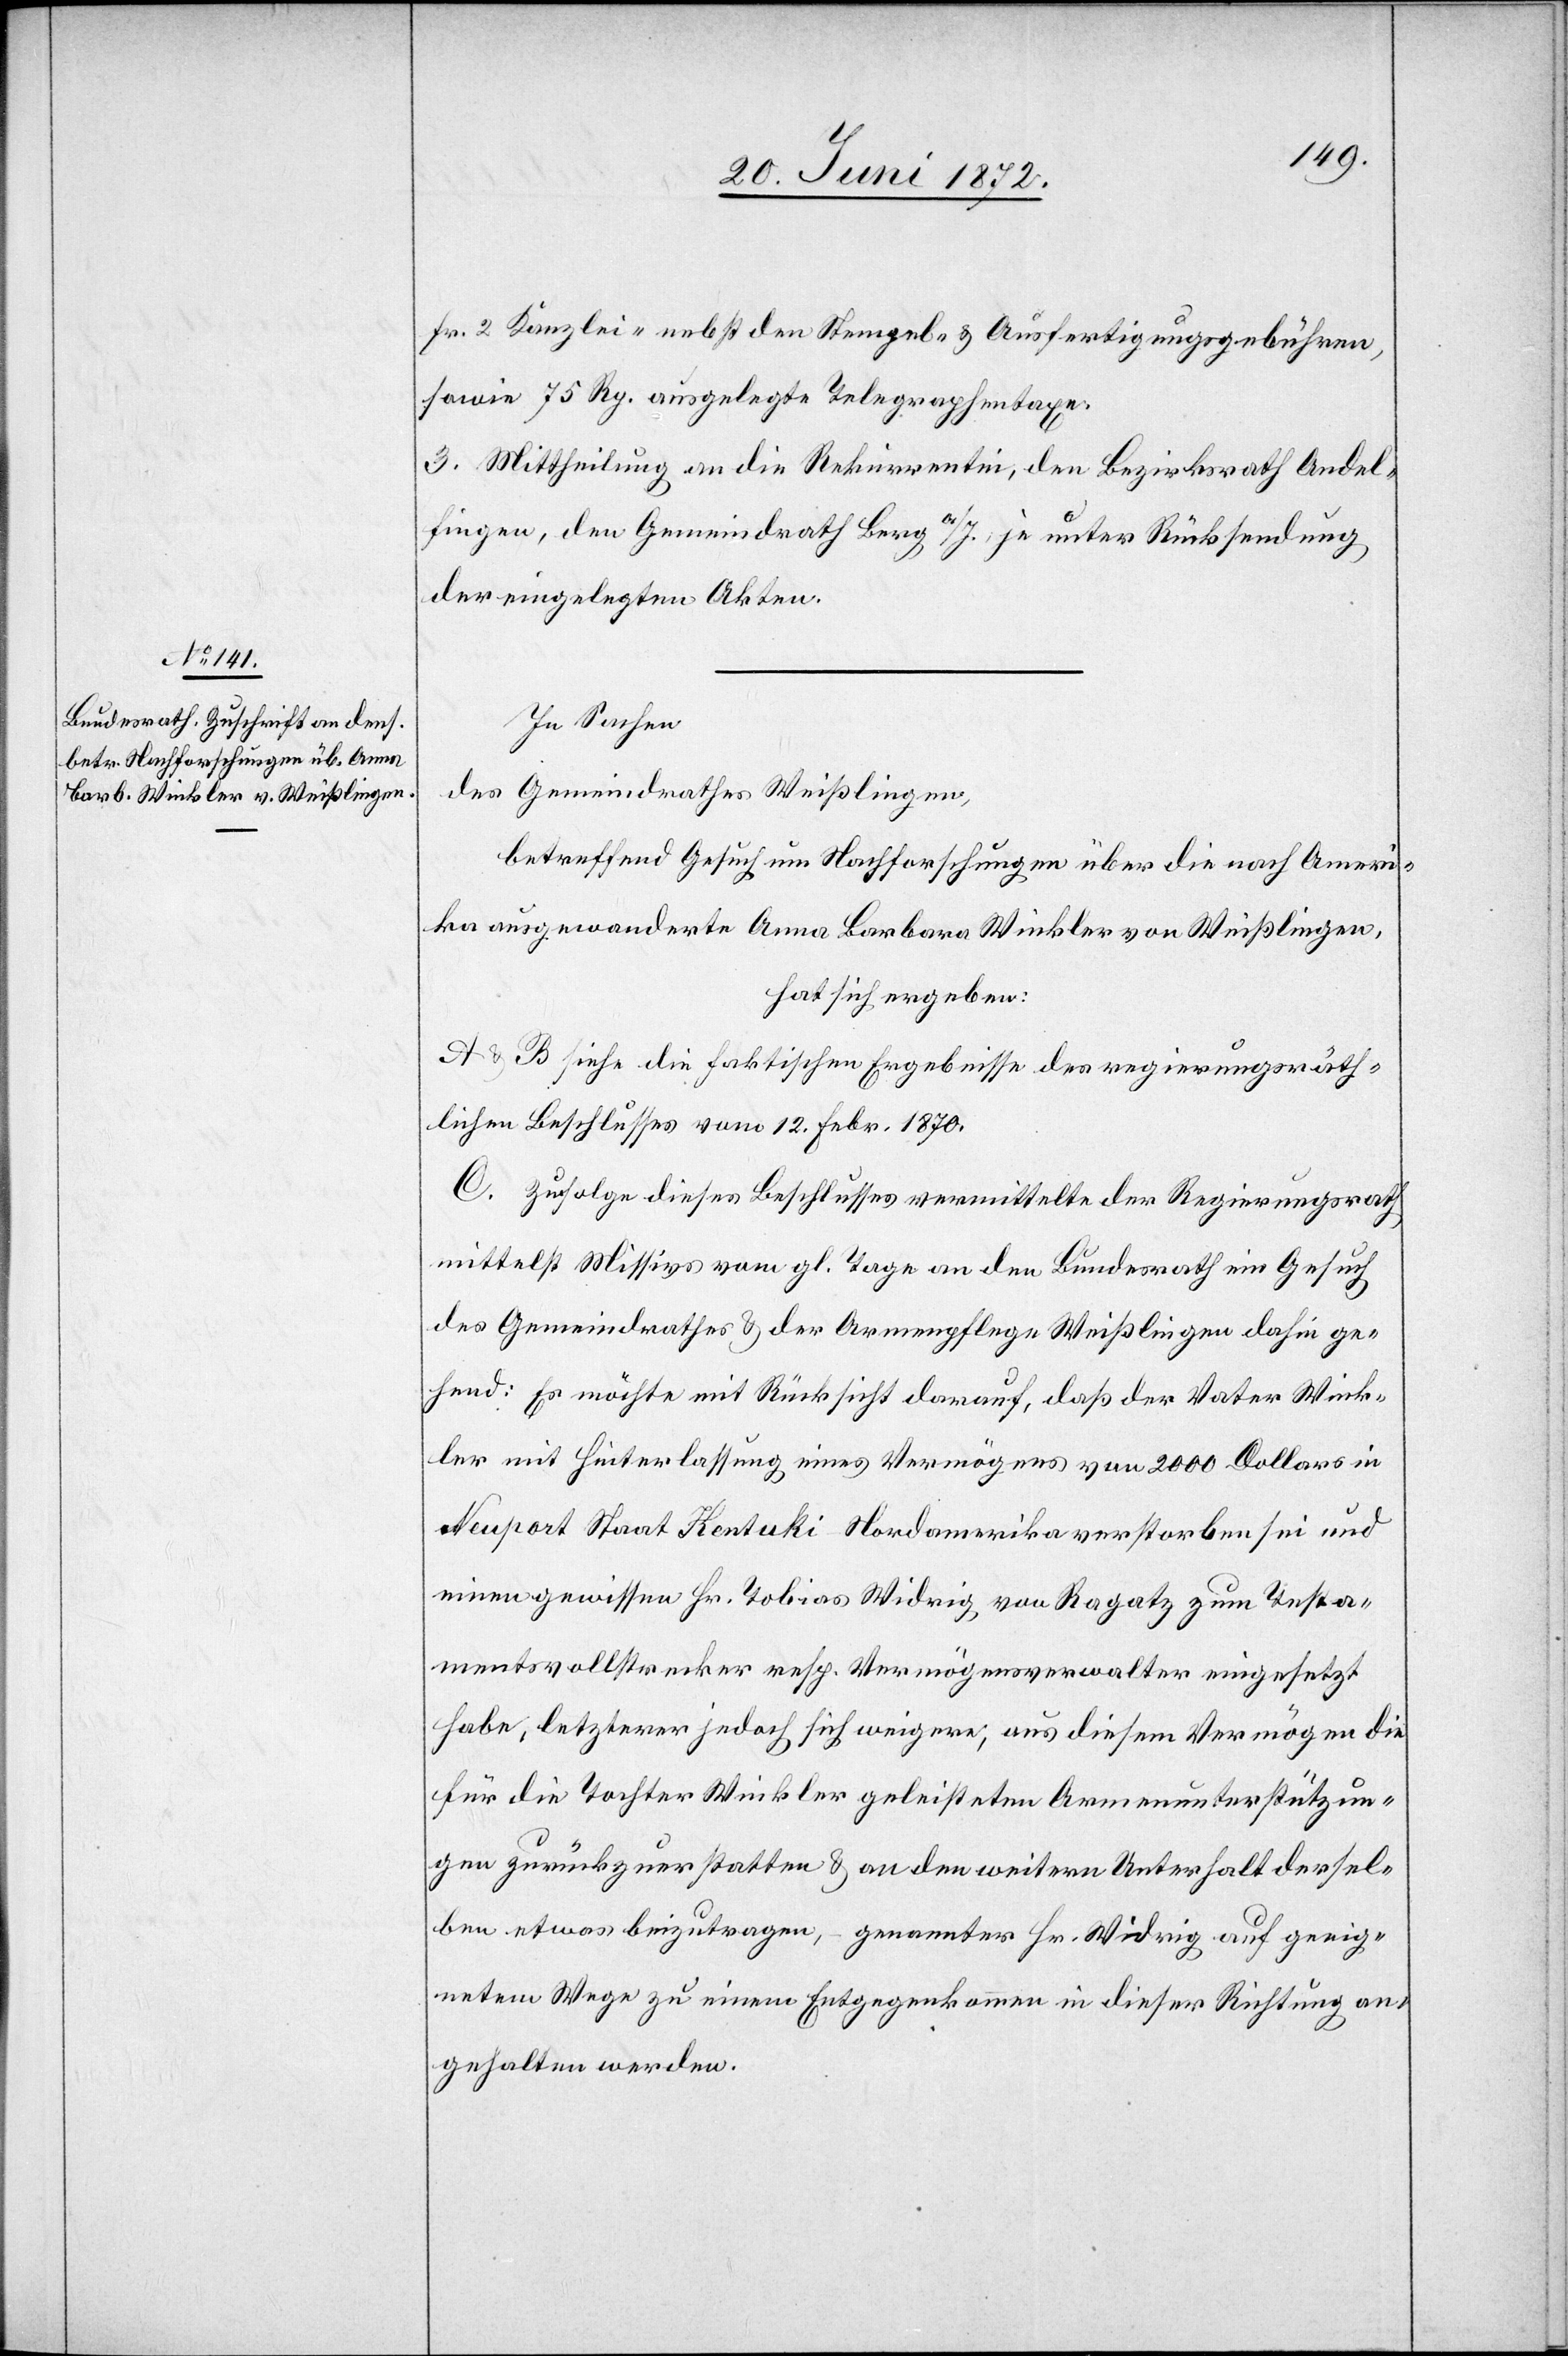
Fr. 2 Kanzlei- nebst den Stempel- u. Ausfertigungsgebühren,
sowie 75 Rp. ausgelegte Telegraphentaxe.
3. Mittheilung an die Rekurrentin, den Bezirksrath Andel¬
fingen, den Gemeindrath Berg a/I., je unter Rücksendung
der eingelegten Akten.
In Sachen
des Gemeindrathes Weißlingen,
betreffend Gesuch um Nachforschungen über die nach Ameri¬
ka ausgewanderte Anna Barbara Winkler von Weißlingen,
hat sich ergeben:
A u. B siehe die faktischen Ergebnisse des regierungsräth¬
lichen Beschlusses vom 12. Febr. 1870.
C. Zufolge dieses Beschlusses vermittelte der Regierungsrath
mittelst Missive vom gl. Tage an den Bundesrath ein Gesuch
des Gemeindrathes u. der Armenpflege Weißlingen dahin ge¬
hend: Es möchte mit Rücksicht darauf, daß der Vater Wink¬
ler mit Hinterlassung eines Vermögens von 2000 Dollar in
Neuport Staat Kentuki Nordamerika verstorben sei und
einen gewissen Hr. Tobias Widrig von Ragatz zum Testa¬
mentsvollstrecker resp. Vermögensverwalter eingesetzt
habe, letzterer jedoch sich weigere, aus diesem Vermögen die
für die Tochter Winkler geleisteten Armenunterstützun¬
gen zurückzuerstatten u. an den weitern Unterhalt dersel¬
ben etwas beizutragen, – genannter Hr. Widrig auf geeig¬
netem Wege zu einem Entgegenkommen in dieser Richtung an¬
gehalten werden.